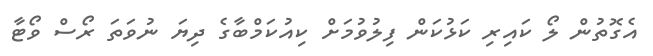
އެގޮތުން ލޯ ކައިރި ކަޅުކަން ފިލުވުމަށް ކިއުކަމްބާގެ ދިޔަ ނުވަތަ ރޯސް ވޯޓާ